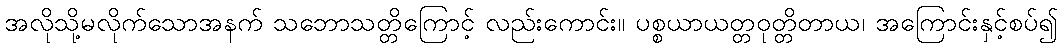
အလိုသို့မလိုက်သောအနက် သဘောသတ္တိကြောင့် လည်းကောင်း။ ပစ္စယာယတ္တဝုတ္တိတာယ၊ အကြောင်းနှင့်စပ်၍